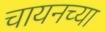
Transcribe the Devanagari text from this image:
चायनच्या